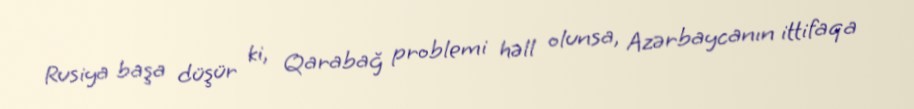
Rusiya başa düşür ki, Qarabağ problemi həll olunsa, Azərbaycanın ittifaqa